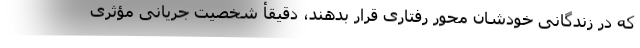
که در زندگانی خودشان محور رفتاری قرار بدهند، دقیقأ شخصیت جریانی مؤثری